Indian journal of veterinary science and animal husbandry - Volume 6,
Year: 1936
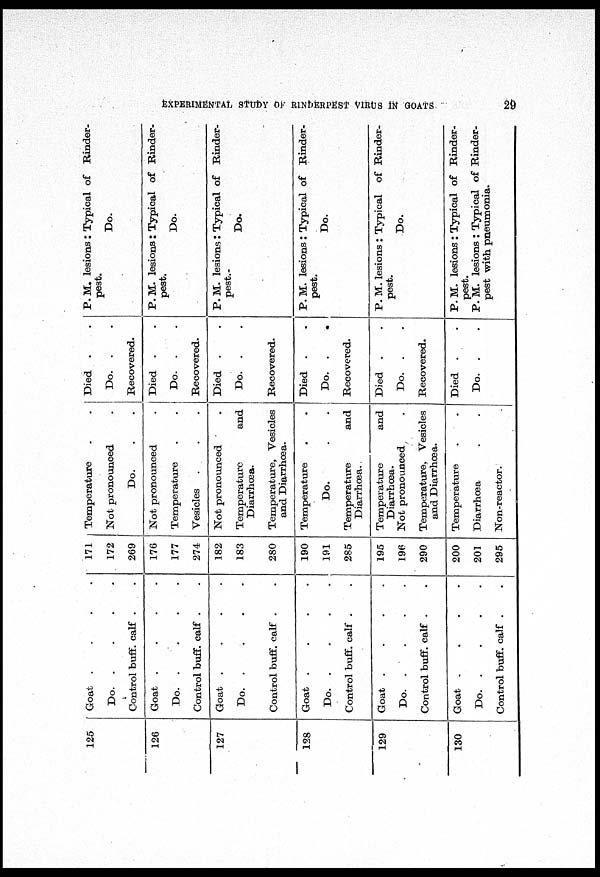
EXPERIMENTAL STUDY OF RINDERPEST VIRUS IN
GOATS
29
125
126
127
128
129
130
Goat . . . .
Do.
.
.
.
.
Control buff. calf . .
Goat . . . .
Do.
.
.
.
.
Control buff. calf . .
Goat . . . .
Do.
.
.
.
.
Control buff. calf . .
Goat . . . .
Do.
.
.
.
.
Control buff. calf . .
Goat . . . .
Do.
.
.
.
.
Control buff. calf . .
Goat . . . .
Do.
.
.
.
.
Control buff. calf . .
171
172
269
176
177
274
182
183
280
190
191
285
195
196
290
200
201
295
Temperature . .
Not pronounced .
Do. . .
Not pronounced .
Temperature . .
Vesicles . . .
Not pronounced .
Temperature and
Diarrhœa.
Temperature, Vesicles
and Diarrhœa.
Temperature
.
.
Do.
.
.
Temperature and
Diarrhœa.
Temperature and
Diarrhœa.
Not pronounced .
Temperature, Vesicles
and Diarrhœa.
Temperature
.
.
Diarrhœa . .
Non-reactor.
Died . .
Do. .
.
Recovered.
Died . .
Do.
. .
Recovered.
Died . .
Do. .
.
Recovered.
Died . .
Do. .
.
Recovered.
Died . .
Do. .
.
Recovered.
Died . .
Do. .
.
P. M. lesions : Typical of Rinder-
pest.
Do.
P. M. lesions: Typical of Rinder-
pest.
Do.
P. M. lesions: Typical of Rinder-
pest.
Do.
P. M. lesions: Typical of Rinder-
pest.
Do.
P. M. lesions : Typical of Rinder-
pest.
Do.
P. M. lesions : Typical of Rinder-
pest.
P. M. lesions : Typical of Rinder-
pest with pneumonia.